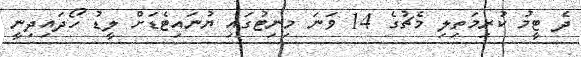
ދެ ޓީމު ކުރިމަތިލި މެޗުގެ 14 ވަނަ މިނިޓުގައި ޔުނައިޓެޑަށް ލީޑު ހޯދައިދިނީ